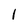
Character: l